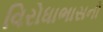
વિરોધાભાસનો